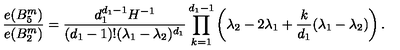
{ \frac { e ( B _ { 5 } ^ { m } ) } { e ( B _ { 2 } ^ { m } ) } } = { \frac { d _ { 1 } ^ { d _ { 1 } - 1 } H ^ { - 1 } } { ( d _ { 1 } - 1 ) ! ( \lambda _ { 1 } - \lambda _ { 2 } ) ^ { d _ { 1 } } } } \prod _ { k = 1 } ^ { d _ { 1 } - 1 } \left( \lambda _ { 2 } - 2 \lambda _ { 1 } + { \frac { k } { d _ { 1 } } } ( \lambda _ { 1 } - \lambda _ { 2 } ) \right) .